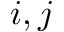
i , j